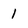
Character: 1